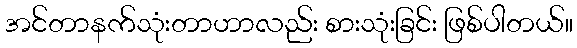
အင်တာနက်သုံးတာဟာလည်း စားသုံးခြင်း ဖြစ်ပါတယ်။